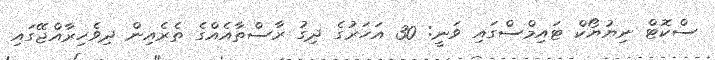
ސްކޮޓް ނިޔުޔޯކް ޓައިމްސްގައި ވަނީ: 30 އަހަރުގެ ދިގު ރާސްތާއެއްގެ ތެރެއިން ދިވެހިރާއްޖޭގައި